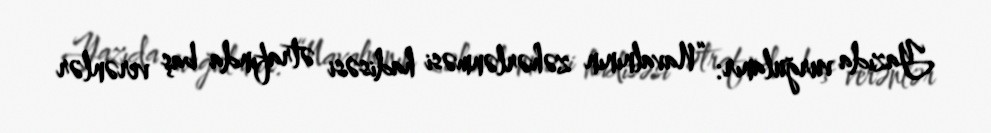
Yazıda vurğulanır: “Navalnının zəhərlənməsi hadisəsi ətrafında baş verənlər